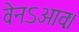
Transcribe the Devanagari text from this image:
वेनऽआवः।